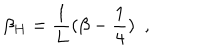
\beta _ { H } = { \frac { 1 } { L } } ( \beta - { \frac { 1 } { 4 } } ) ~ ~ ,